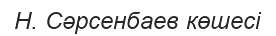
Н. Сәрсенбаев көшесі